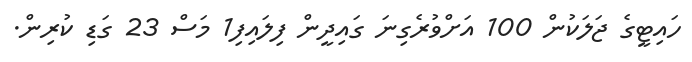
ހައިޓީގެ ޖަލަކުން 100 އަށްވުރެގިނަ ގައިދީން ފިލައިފި1 މަސް 23 ގަޑި ކުރިން.